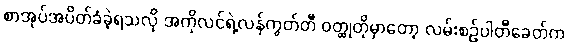
စာအုပ်အပိတ်ခံခဲ့ရသလို အကိုလင်ရဲ့လန်ကွတ်တီ ဝတ္ထုတိုမှာတော့ လမ်းစဉ်ပါတီခေတ်က